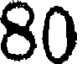
80